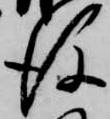
後